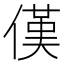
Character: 傼